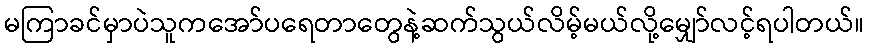
မကြာခင်မှာပဲသူကအော်ပရေတာတွေနဲ့ဆက်သွယ်လိမ့်မယ်လို့မျှော်လင့်ရပါတယ်။